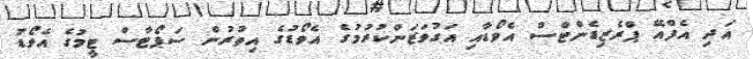
އަދި އެފްއޭ ޕްރެޒިޑެންޓްސް އެވޯޑާއި އަގުވަޒަންކުރުމުގެ އެވޯޑުގެ އިތުރުން ސަޕޯޓާސް ޓީމުގެ އެވޯޑު